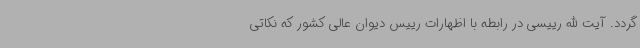
گردد. آیت الله رییسی در رابطه با اظهارات رییس دیوان عالی کشور که نکاتی